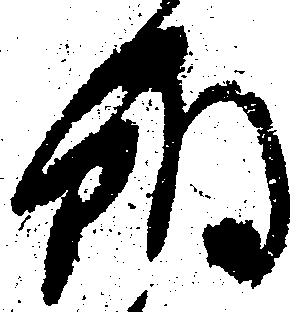
朝